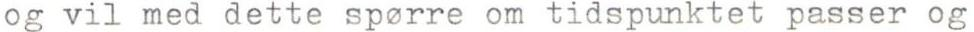
og vil med dette spørre om tidspunktet passer og